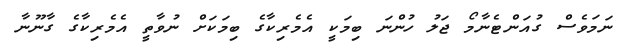
ނަމަވެސް ގުއަންޓެނާމޯ ޖަލު ހުންނަ ބިމަކީ އެމެރިކާގެ ބިމަކަށް ނުވާތީ އެމެރިކާގެ ގާނޫނާ